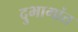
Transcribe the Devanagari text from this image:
दुभागांत